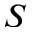
S